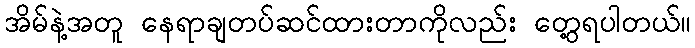
အိမ်နဲ့အတူ နေရာချတပ်ဆင်ထားတာကိုလည်း တွေ့ရပါတယ်။